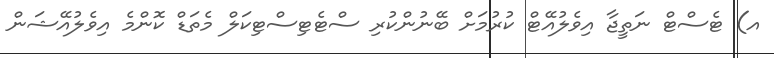
އ) ޓެސްޓް ނަތީޖާ އިވެލުއޭޓް ކުރުމަށް ބޭނުންކުރި ސްޓެޓިސްޓިކަލް މެތަޑް ކޮންމެ އިވެލުއޭޝަން